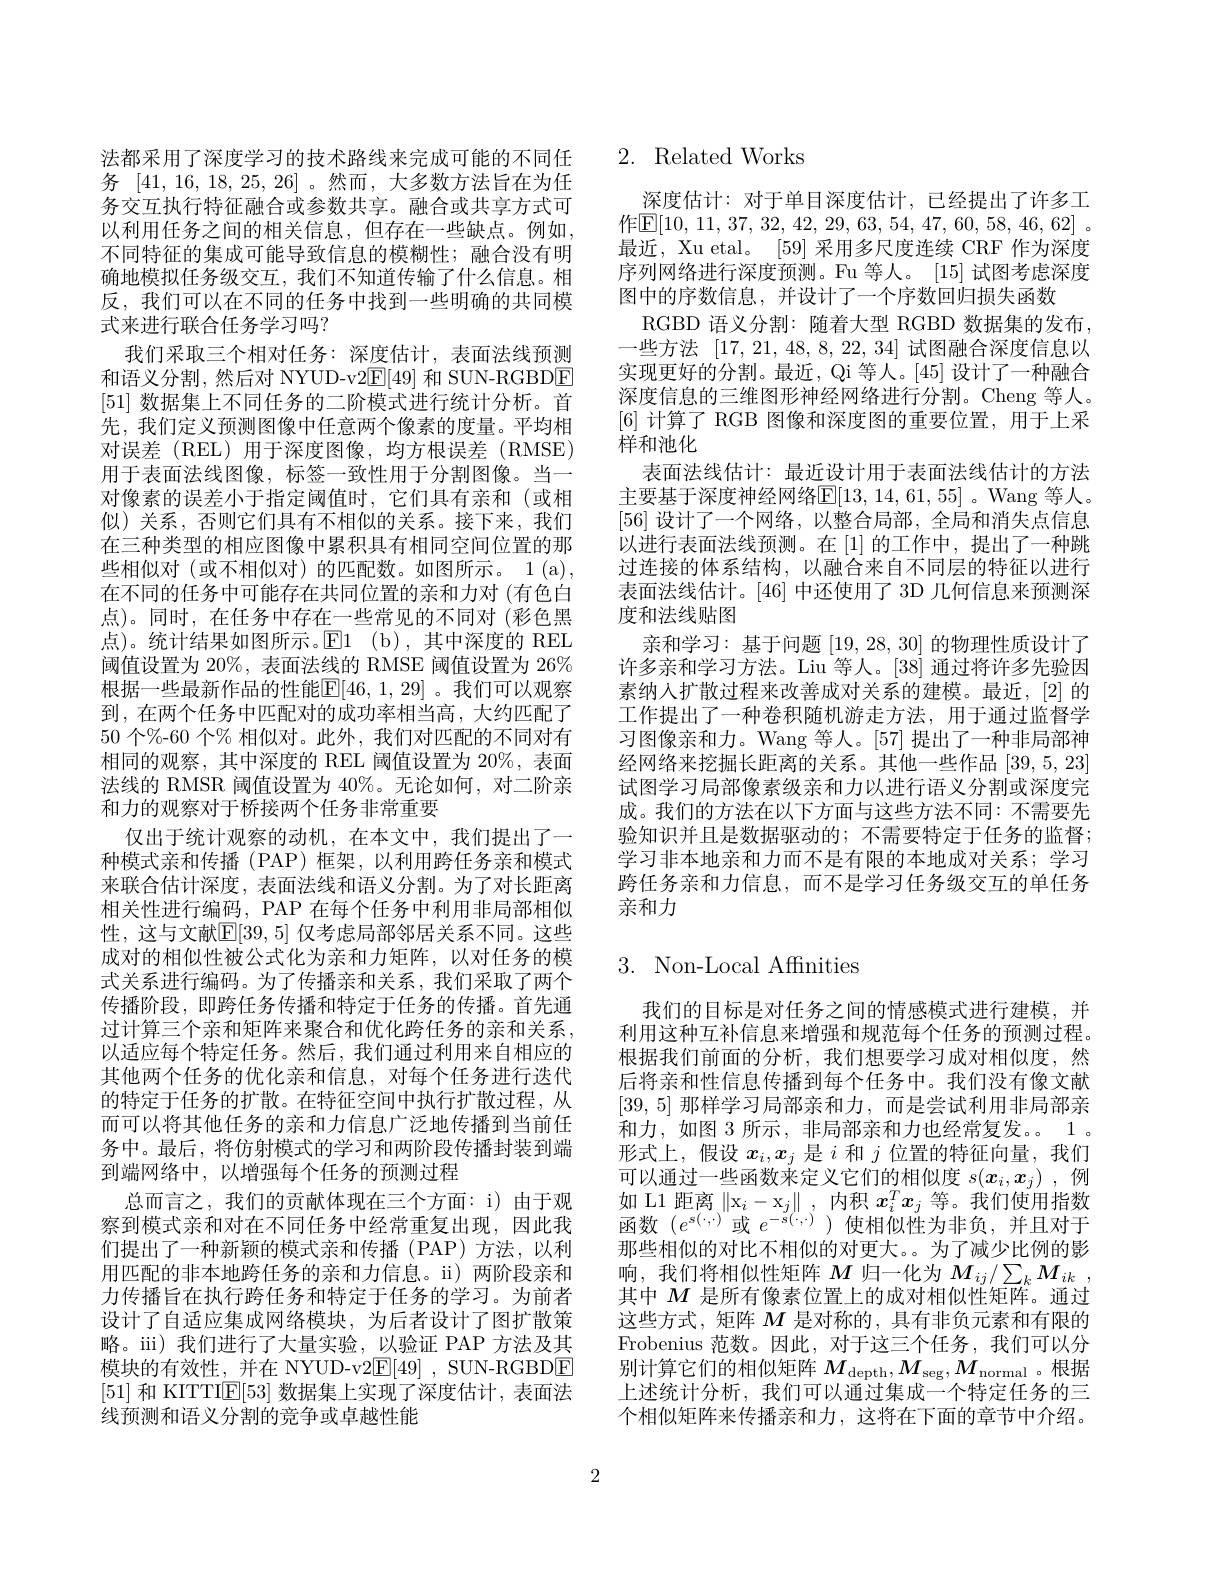
式来进行联合任务学习吗？

法都采用了深度学习的技术路线来完成可能的不同任务 [41,16,18,25,26]。然而，大多数方法旨在为任务交互执行特征融合或参数共享。融合或共享方式可以利用任务之间的相关信息，但存在一些缺点。例如， 不同特征的集成可能导致信息的模糊性；融合没有明确地模拟任务级交互，我们不知道传输了什么信息。相反，我们可以在不同的任务中找到一些明确的共同模
我们采取三个相对任务：深度估计，表面法线预测和语义分割，然后对 NYUD-v2E[49]和 SUN-RGBDE [51]数据集上不同任务的二阶模式进行统计分析。首先，我们定义预测图像中任意两个像素的度量。平均相对误差(REL)用于深度图像，均方根误差(RMSE) 用于表面法线图像，标签一致性用于分割图像。当一对像素的误差小于指定阈值时，它们具有亲和(或相似)关系，否则它们具有不相似的关系。接下来，我们在三种类型的相应图像中累积具有相同空间位置的那些相似对(或不相似对)的匹配数。如图所示。1(a), 在不同的任务中可能存在共同位置的亲和力对 (有色白点)。同时，在任务中存在一些常见的不同对(彩色黑点)。统计结果如图所示。$\mathbb{E}$1(b),其中深度的 REL 阈值设置为 20%, 表面法线的 RMSE 阈值设置为 26% 根据一些最新作品的性能$\mathbb{E}[46,1,29]$。我们可以观察到，在两个任务中匹配对的成功率相当高，大约匹配了50个%-60 个% 相似对。此外，我们对匹配的不同对有相同的观察，其中深度的 REL 阈值设置为 20%,表面法线的 RMSR 阈值设置为 40%。无论如何，对二阶亲和力的观察对于桥接两个任务非常重要
仅出于统计观察的动机，在本文中，我们提出了一种模式亲和传播 (PAP) 框架，以利用跨任务亲和模式来联合估计深度，表面法线和语义分割。为了对长距离相关性进行编码，PAP 在每个任务中利用非局部相似性，这与文献$\mathbb{E}[39,5]$ 仅考虑局部邻居关系不同。这些成对的相似性被公式化为亲和力矩阵，以对任务的模式关系进行编码。为了传播亲和关系，我们采取了两个传播阶段，即跨任务传播和特定于任务的传播。首先通过计算三个亲和矩阵来聚合和优化跨任务的亲和关系， 以适应每个特定任务。然后，我们通过利用来自相应的其他两个任务的优化亲和信息，对每个任务进行迭代的特定于任务的扩散。在特征空间中执行扩散过程，从而可以将其他任务的亲和力信息广泛地传播到当前任务中。最后，将仿射模式的学习和两阶段传播封装到端到端网络中，以增强每个任务的预测过程
总而言之，我们的贡献体现在三个方面：i) 由于观察到模式亲和对在不同任务中经常重复出现，因此我们提出了一种新颖的模式亲和传播(PAP)方法，以利用匹配的非本地跨任务的亲和力信息。i) 两阶段亲和力传播旨在执行跨任务和特定于任务的学习。为前者设计了自适应集成网络模块，为后者设计了图扩散策略。iii)我们进行了大量实验，以验证 PAP 方法及其模块的有效性，并在 NYUD-v2$\mathbb{E} [ 49]$ , SUN- RGBDE [51]和 KITTI$\mathbb{E}[53]$数据集上实现了深度估计，表面法线预测和语义分割的竞争或卓越性能

## 2. Related Works

深度估计：对于单目深度估计，已经提出了许多工作$\boxed{\mathrm{E} }[ 10, 11, 37, 32, 42, 29, 63, 54, 47, 60, 58, 46, 62]$ . 最近，Xu etal。[59] 采用多尺度连续 CRF 作为深度序列网络进行深度预测。Fu 等人。[15] 试图考虑深度图中的序数信息，并设计了一个序数回归损失函数
RGBD 语义分割：随着大型 RGBD 数据集的发布， 一些方法[17,21,48,8,22,34]试图融合深度信息以实现更好的分割。最近，Qi 等人。[45] 设计了一种融合深度信息的三维图形神经网络进行分割。Cheng 等人。[6]计算了 RGB 图像和深度图的重要位置，用于上采样和池化
表面法线估计：最近设计用于表面法线估计的方法主要基于深度神经网络$\mathbb{E}[13,14,61,55]$。Wang 等人。[56]设计了一个网络，以整合局部，全局和消失点信息以进行表面法线预测。在[1]的工作中，提出了一种跳过连接的体系结构，以融合来自不同层的特征以进行表面法线估计。[46]中还使用了 3D 几何信息来预测深度和法线贴图
亲和学习：基于问题[19,28,30]的物理性质设计了许多亲和学习方法。Liu 等人。[38] 通过将许多先验因素纳人扩散过程来改善成对关系的建模。最近，[2] 的工作提出了一种卷积随机游走方法，用于通过监督学习图像亲和力。Wang 等人。[57] 提出了一种非局部神经网络来挖掘长距离的关系。其他一些作品[39,5,23] 试图学习局部像素级亲和力以进行语义分割或深度完成。我们的方法在以下方面与这些方法不同：不需要先验知识并且是数据驱动的；不需要特定于任务的监督； 学习非本地亲和力而不是有限的本地成对关系；学习跨任务亲和力信息，而不是学习任务级交互的单任务亲和力

# 3. Non-Local Affnities

我们的目标是对任务之间的情感模式进行建模，并利用这种互补信息来增强和规范每个任务的预测过程。根据我们前面的分析，我们想要学习成对相似度，然后将亲和性信息传播到每个任务中。我们没有像文献[39,5]那样学习局部亲和力，而是尝试利用非局部亲和力，如图 3 所示，非局部亲和力也经常复发。1 。形式上，假设$x_i,x_j$是$i$和$j$位置的特征向量，我们可以通过一些函数来定义它们的相似度$s(\boldsymbol{x}_i,\boldsymbol{x}_j)$ ,例如 L1 距离$\|\mathrm{x}_i-\mathrm{x}_j\|$,内积$x_i^Tx_j$等。我们使用指数函数($e^s(\cdot,\cdot)$或 $e^-s(\cdot,\cdot)$)使相似性为非负，并且对于那些相似的对比不相似的对更大。为了减少比例的影响，我们将相似性矩阵$M$归一化为$M_ij/\sum_kM_{ik}$, 其中$M$是所有像素位置上的成对相似性矩阵。通过这些方式，矩阵$M$是对称的，具有非负元素和有限的Frobenius 范数。因此，对于这三个任务，我们可以分别计算它们的相似矩阵$M_\mathrm{depth},M_\mathrm{seg},M_\mathrm{normal}$ 。根据上述统计分析，我们可以通过集成一个特定任务的三个相似矩阵来传播亲和力，这将在下面的章节中介绍。

2